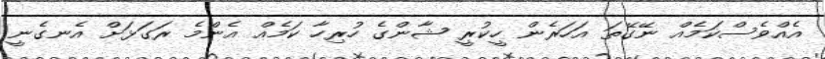
އެއްވެސްކަމެއް ނޭގޭތަ އަހަރެން ހީކުރީ ޝާންގެ ހުރިހާ ކަމެއް އެންމެ ރަގަޅަށް އެނގެނީ